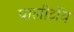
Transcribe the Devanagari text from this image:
पालीटॉय